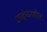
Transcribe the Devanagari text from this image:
आकुंचनशील